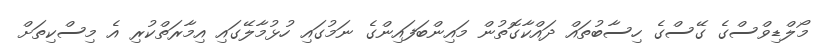
މޯލްޑިވްސްގެ ގޭސްގެ ހިސާބުތައް ދައްކާގޮތުން މައިންބަފައިންގެ ނަމުގައި ހުޅުމާލޭގައި އިމާރަތްކުރި އެ މިސްކިތަށް